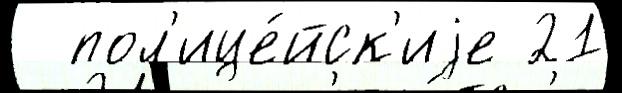
  пол'ице́йск'иjе 21